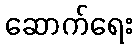
ဆောက်ရေး